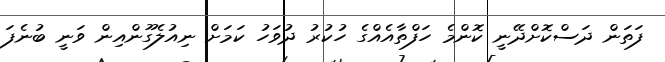
ފަތަން ދަސްކޮށްދޭނީ ކޮންމެ ހަފްތާއެއްގެ ހުކުރު ދުވަހު ކަމަށް ނިއުލެގޫންއިން ވަނީ ބުނެފަ